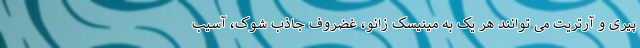
پیری و آرتریت می توانند هر یک به مینیسک زانو، غضروف جاذب شوک، آسیب